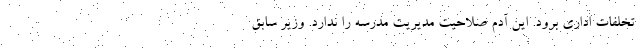
تخلفات اداری برود. این آدم صلاحیت مدیریت مدرسه را ندارد. وزیر سابق